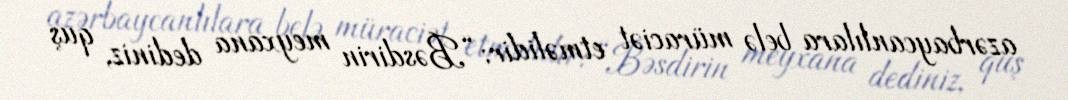
azərbaycanlılara belə müraciət etməlidir: “Bəsdirin meyxana dediniz, quş